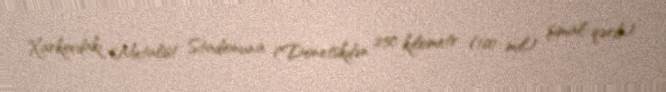
Xarkovdakı Metalist Stadionuna (Donetskdən 250 kilometr (160 mil) şimal-qərb)